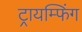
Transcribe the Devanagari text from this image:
ट्रायम्फिंग